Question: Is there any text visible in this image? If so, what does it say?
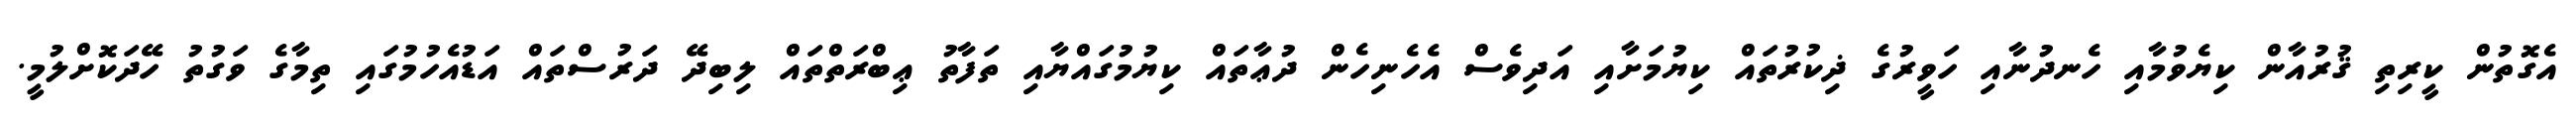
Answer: އެގޮތުން ކީރިތި ޤުރުއާން ކިޔެވުމާއި ހެނދުނާއި ހަވީރުގެ ޛިކުރުތައް ކިޔުމަށާއި އަދިވެސް އެހެނިހެން ދުޢާތައް ކިޔުމުގައްޔާއި ތަފާތު ޢިބްރަތްތައް ލިބިދޭ ދަރުސްތައް އަޑުއެހުމުގައި ތިމާގެ ވަގުތު ހޭދަކޮށްލުމީ.